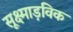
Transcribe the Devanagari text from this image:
सूक्ष्माड़विक